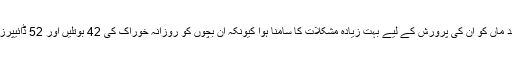
بچوں کی گھر آمد کے بعد ماں کو ان کی پرورش کے لیے بہت زیادہ مشکلات کا سامنا ہوا کیونکہ ان بچوں کو روزانہ خوراک کی 42 بوتلیں اور 52 ڈائیپرز کی ضرورت پڑتی تھی۔